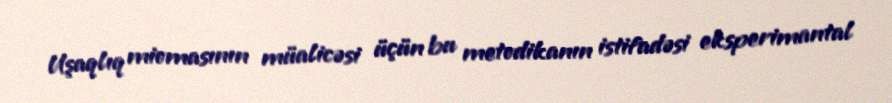
Uşaqlıq miomasının müalicəsi üçün bu metodikanın istifadəsi eksperimantal